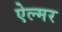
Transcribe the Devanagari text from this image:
ऐल्मर